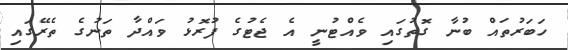
ހަބަރުތައް ބުނާ ގޮތުގައި ވެއްޓުނީ އެ ޖެޓުގެ ފުރޮޅު ވައްދާ ތަނުގެ ތެރޭގައި